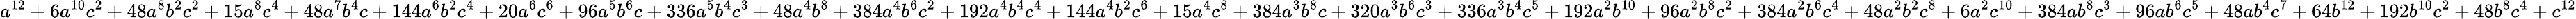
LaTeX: a^{12}+6a^{10}c^{2}+48a^{8}b^{2}c^{2}+15a^{8}c^{4}+48a^{7}b^{4}c+144a^{6}b^{2}c^{4}+20a^{6}c^{6}+96a^{5}b^{6}c+336a^{5}b^{4}c^{3}+48a^{4}b^{8}+384a^{4}b^{6}c^{2}+192a^{4}b^{4}c^{4}+144a^{4}b^{2}c^{6}+15a^{4}c^{8}+384a^{3}b^{8}c+320a^{3}b^{6}c^{3}+336a^{3}b^{4}c^{5}+192a^{2}b^{10}+96a^{2}b^{8}c^{2}+384a^{2}b^{6}c^{4}+48a^{2}b^{2}c^{8}+6a^{2}c^{10}+384ab^{8}c^{3}+96ab^{6}c^{5}+48ab^{4}c^{7}+64b^{12}+192b^{10}c^{2}+48b^{8}c^{4}+c^{12}